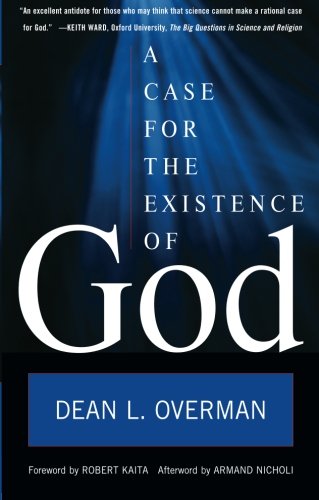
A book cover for A Case for the Existence of God; Dean L. Overman; Religion & Spirituality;